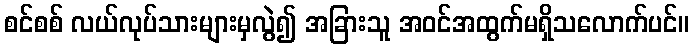
စင်စစ် လယ်လုပ်သားများမှလွဲ၍ အခြားသူ အဝင်အထွက်မရှိသလောက်ပင်။